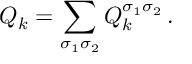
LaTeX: Q _ { k } = \sum _ { \sigma _ { 1 } \sigma _ { 2 } } Q _ { k } ^ { \sigma _ { 1 } \sigma _ { 2 } } \, .